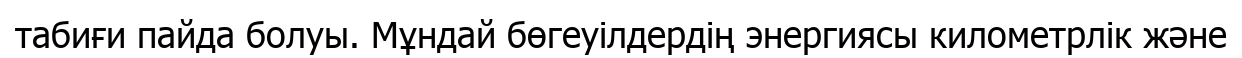
табиғи пайда болуы. Мұндай бөгеуілдердің энергиясы километрлік және